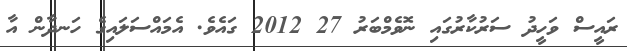
ރައީސް ވަހީދު ސަރުކާރުގައި ނޮވެމްބަރު 27 2012 ގައެވެ. އެމައްސަލައިގެ ހަނދާން އާ